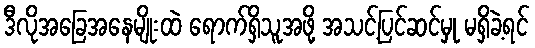
ဒီလိုအခြေအနေမျိုးထဲ ရောက်ရှိသူအဖို့ အသင့်ပြင်ဆင်မှု မရှိခဲ့ရင်